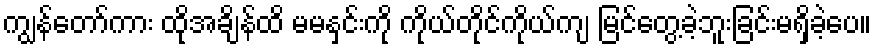
ကျွန်တော်ကား ထိုအချိန်ထိ မမနှင်းကို ကိုယ်တိုင်ကိုယ်ကျ မြင်တွေ့ခဲ့ဘူးခြင်းမရှိခဲ့ပေ။